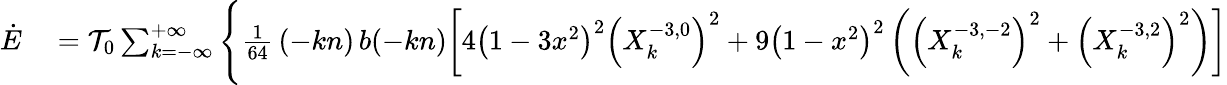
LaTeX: \begin{array}{rl}{\dot{E}}&{{}={\cal T}_{0}\sum_{k=-\infty}^{+\infty}\Bigg\{ \frac{1}{64}\, (-kn)\, b(-kn)\bigg[4\left(1-3x^{2}\right)^{2}\left(X_{k}^{-3,0}\right)^{2}+9\left(1-x^{2}\right)^{2}\left(\left(X_{k}^{-3,-2}\right)^{2}+\left(X_{k}^{-3,2}\right)^{2}\right)\bigg]}\end{array}